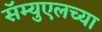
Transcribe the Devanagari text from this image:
सॅम्युएलच्या